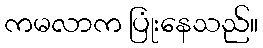
ကမလာက ပြုံးနေသည်။